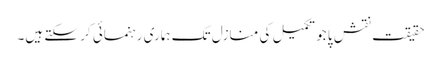
حقیقت نقش پا جو تکمیل کی منازل تک ہماری رہنمائی کر سکتے ہیں۔